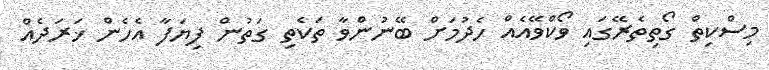
މިސްކިތް ގޯތިތެރޭގައި ވޯކްވޭއެއް ހެދުމަށް ބޭނުންވާ ތަކެތި ގަތުން ފިޔަފާ އެހެން ޚަރަދެއް